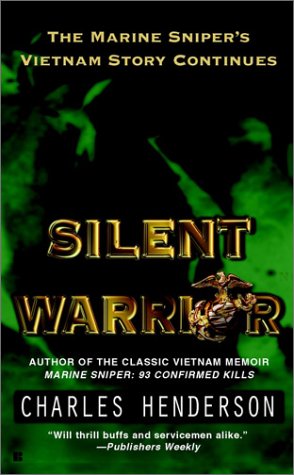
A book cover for Silent Warrior: The Marine Sniper's Story Vietnam Continues; Charles Henderson; History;